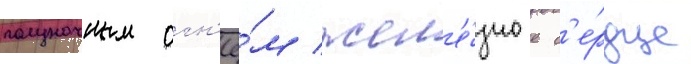
полуночным огн'ё́м жел'е́зное с'е́рдце